Vaccination in Burma 1920-1933 - 1920-1933
Year: 1920
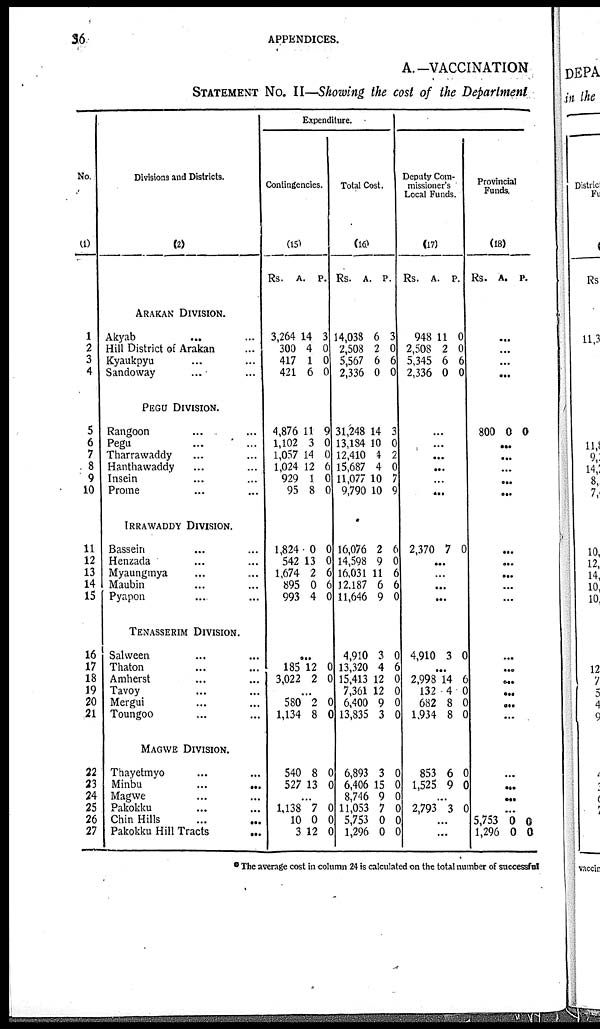
36
APPENDICES.
A.—VACCINATION
STATEMENT No. II—Showing the cost of the Department
No.
(1)
1
2
3
4
5
6
7
8
9
10
11
12
13
14
15
16
17
18
19
20
21
22
23
24
25
26
27
Divisions and Districts.
(2)
ARAKAN DIVISION.
Akyab... ...
Hill District of Arakan ...
Kyaukpyu
...
...
Sandoway...
...
PEGU DIVISION.
Rangoon... ...
Pegu... ...
Tharrawaddy... ...
Hanthawaddy... ...
Insein... ...
Prome... ...
IRRAWADDY DIVISION.
Bassein... ...
Henzada... ...
Myaungmya... ...
Maubin... ...
Pyapon... ...
TENASSERIM DIVISION.
Salween... ...
Thaton... ...
Amherst... ...
Tavoy... ... ...
Mergui... ...
Toungoo... ...
MAGWE DIVISION.
Thayetmyo... ...
Minbu... ...
Magwe... ...
Pakokku... ...
Chin Hills... ...
Pakokku Hill Tracts... ...
Expenditure.
Contingencies.
(15)
Rs.
A.
P.
3,264
300
417
421
14
4
1
6
3
0
0
0
4,876
1,102
1,057
1,024
929
95
11
3
14
12
1
8
9
0
0
6
0
0
1,824
542
1,674
895
993
0
13
2
0
4
0
0
6
6
0
...
185
3,022
12
2
0
0
...
580
1,134
2
8
0
0
540
527
8
13
0
0
...
1,138
10
3
7
0
12
0
0
0
Total Cost.
(16)
Rs.
A.
P.
14,038
2,508
5,567
2,336
6
2
6
0
3
0
6
0
31,248
13,184
12,410
15,687
11,077
9,790
14
10
4
4
10
10
3
0
2
0
7
9
16,076
14,598
16,031
12,187
11,646
2
9
11
6
9
6
0
6
6
0
4,910
13,320
15,413
7,361
6,400
13,835
3
4
12
12
9
3
0
6
0
0
0
0
6,893
6,406
8,746
11,053
5,753
1,296
3
15
9
7
0
0
0
0
0
0
0
0
Deputy Com-
missioner's
Local Funds.
(17)
Rs.
A.
P.
948
2,508
5,345
2,336
11
2
6
0
0
0
6
0
...
...
...
...
...
...
2,370 7 0
...
...
...
...
4,910 3 0
...
2,998
132
682
1,934
14
4
8
8
6
0
0
0
853
1,525
6
9
0
0
...
2,793 3 0
...
...
Provincial
Funds.
(18)
Rs.
A. P.
...
...
...
...
800 0 0
...
...
...
...
...
...
...
...
...
...
...
...
...
...
...
...
...
...
...
...
5,753
1,296
0
0
0
0
* The average cost in column 24 is calculated on the total number of successful